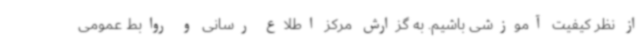
از نظر کیفیت آموزشی باشیم. به گزارش مرکز اطلاع رسانی و روابط عمومی